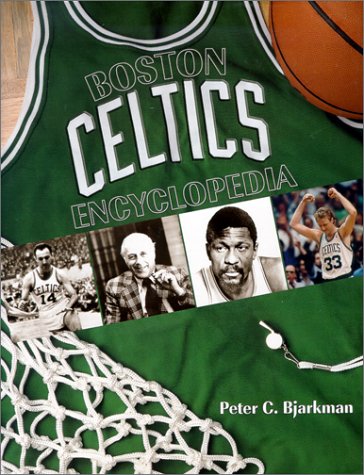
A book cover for The Boston Celtics Encyclopedia; Peter C Bjarkman; Sports & Outdoors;